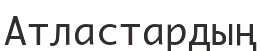
Атластардың